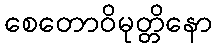
စေတောဝိမုတ္တိနော